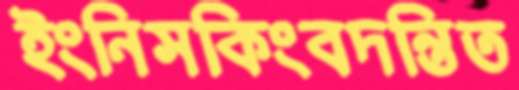
ইংনিসকিংবদন্তিত